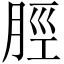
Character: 脛